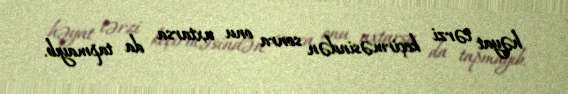
həyat tərzi keçirməsindən sonra onu axtarsa da tapmayıb.